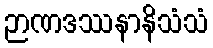
ဉာဏဒဿနာနိသံသံ